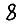
Digit: 8